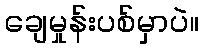
ချေမှုန်းပစ်မှာပဲ။